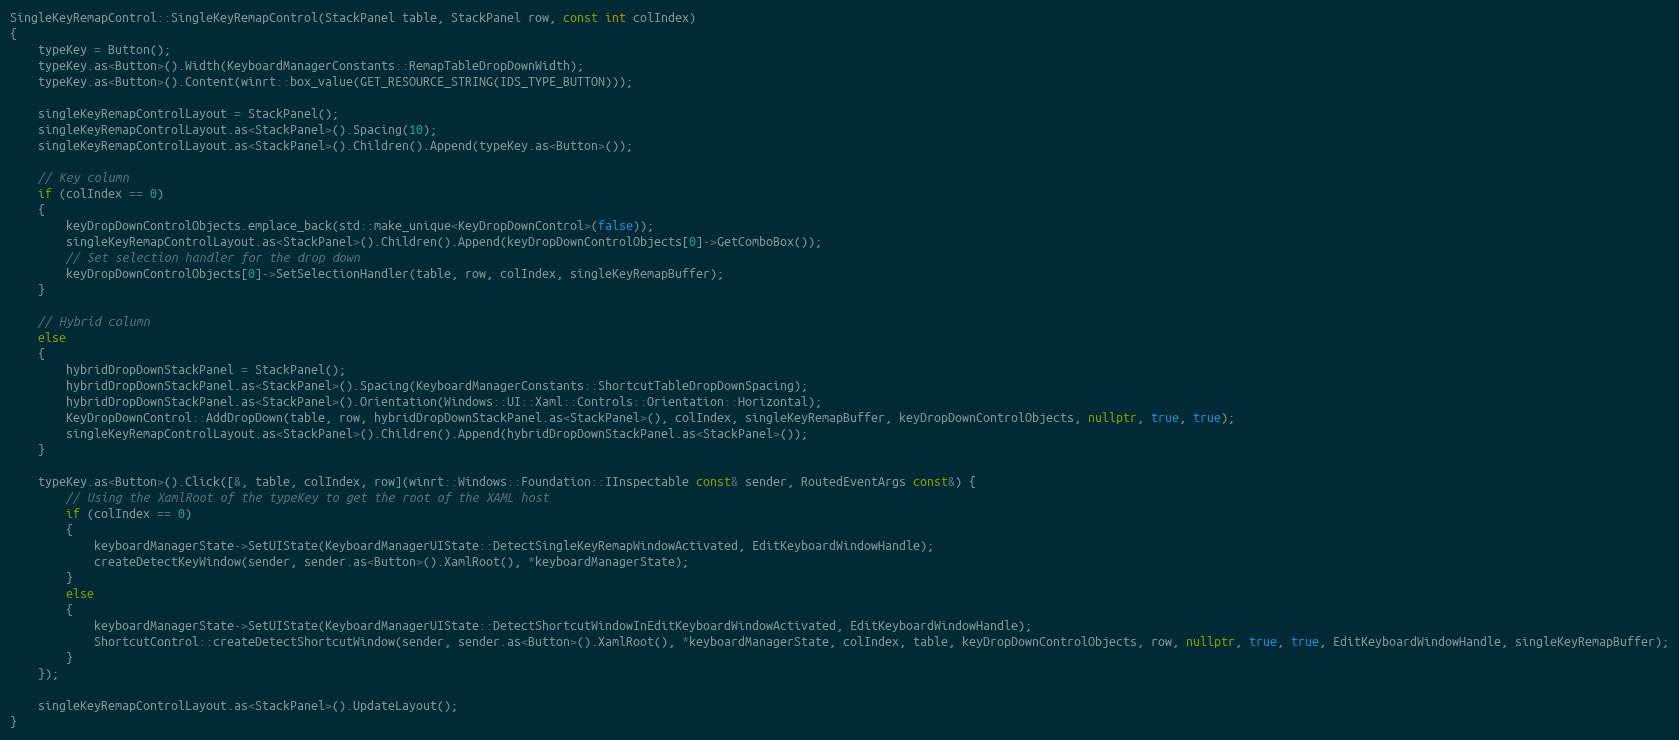
Language: C++
SingleKeyRemapControl::SingleKeyRemapControl(StackPanel table, StackPanel row, const int colIndex)
{
    typeKey = Button();
    typeKey.as<Button>().Width(KeyboardManagerConstants::RemapTableDropDownWidth);
    typeKey.as<Button>().Content(winrt::box_value(GET_RESOURCE_STRING(IDS_TYPE_BUTTON)));

    singleKeyRemapControlLayout = StackPanel();
    singleKeyRemapControlLayout.as<StackPanel>().Spacing(10);
    singleKeyRemapControlLayout.as<StackPanel>().Children().Append(typeKey.as<Button>());

    // Key column
    if (colIndex == 0)
    {
        keyDropDownControlObjects.emplace_back(std::make_unique<KeyDropDownControl>(false));
        singleKeyRemapControlLayout.as<StackPanel>().Children().Append(keyDropDownControlObjects[0]->GetComboBox());
        // Set selection handler for the drop down
        keyDropDownControlObjects[0]->SetSelectionHandler(table, row, colIndex, singleKeyRemapBuffer);
    }

    // Hybrid column
    else
    {
        hybridDropDownStackPanel = StackPanel();
        hybridDropDownStackPanel.as<StackPanel>().Spacing(KeyboardManagerConstants::ShortcutTableDropDownSpacing);
        hybridDropDownStackPanel.as<StackPanel>().Orientation(Windows::UI::Xaml::Controls::Orientation::Horizontal);
        KeyDropDownControl::AddDropDown(table, row, hybridDropDownStackPanel.as<StackPanel>(), colIndex, singleKeyRemapBuffer, keyDropDownControlObjects, nullptr, true, true);
        singleKeyRemapControlLayout.as<StackPanel>().Children().Append(hybridDropDownStackPanel.as<StackPanel>());
    }

    typeKey.as<Button>().Click([&, table, colIndex, row](winrt::Windows::Foundation::IInspectable const& sender, RoutedEventArgs const&) {
        // Using the XamlRoot of the typeKey to get the root of the XAML host
        if (colIndex == 0)
        {
            keyboardManagerState->SetUIState(KeyboardManagerUIState::DetectSingleKeyRemapWindowActivated, EditKeyboardWindowHandle);
            createDetectKeyWindow(sender, sender.as<Button>().XamlRoot(), *keyboardManagerState);
        }
        else
        {
            keyboardManagerState->SetUIState(KeyboardManagerUIState::DetectShortcutWindowInEditKeyboardWindowActivated, EditKeyboardWindowHandle);
            ShortcutControl::createDetectShortcutWindow(sender, sender.as<Button>().XamlRoot(), *keyboardManagerState, colIndex, table, keyDropDownControlObjects, row, nullptr, true, true, EditKeyboardWindowHandle, singleKeyRemapBuffer);
        }
    });

    singleKeyRemapControlLayout.as<StackPanel>().UpdateLayout();
}